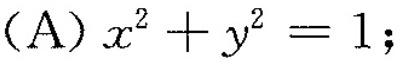
(A)$$x^{2}+y^{2}=1$$；